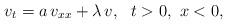
LaTeX: \begin{align*} v_t = a\,v_{xx} + \lambda\,v,\ \ t>0,\ x<0, \end{align*}